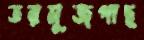
তরমুজগাছ